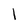
Character: 1